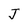
Character: J